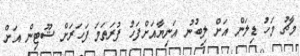
މާޗު މަހު ޑިލަން އަށް ލިބުނު އަނިޔާއަށްފަހު ފުރަތަމަ ފަހަރަށް ޝޫޓިން އަށް